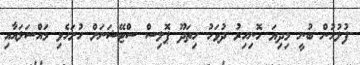
ފުލުހުން ބުނީ މިދިޔަ ހޮނިހިރު ދުވަހު ހިތަދޫ ޕޮލިސް ސްޓޭޝަނަށް ހުށަހެޅި މައްސަލައާއި